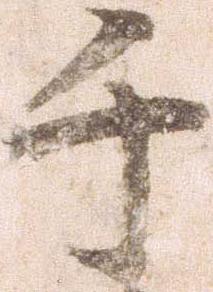
千